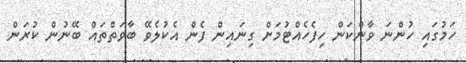
ހަމުގައި ހުންނަ ވާންކަން ހިފެހެއްޓުމަށް ގިނައިން ފެން އެކުލެވޭ ބާވަތްތައް ބޭނުން ކުރަން